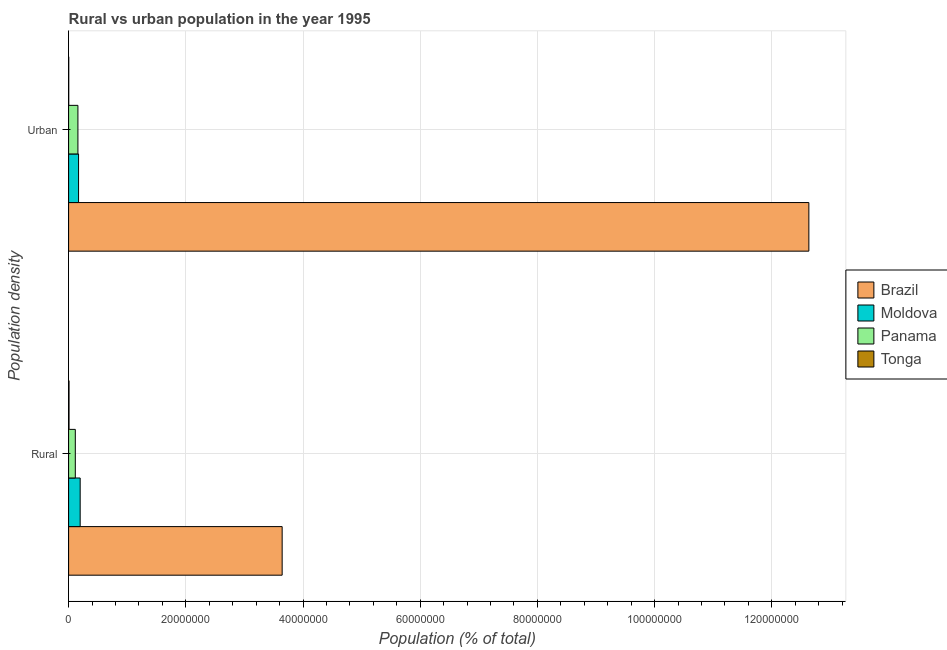
| Population density | Brazil | Moldova | Panama | Tonga |
 | --- | --- | --- | --- | --- |
 | Rural | 3.64e+07 | 1.97e+06 | 1.15e+06 | 7.4e+04 |
 | Urban | 1.26e+08 | 1.7e+06 | 1.59e+06 | 2.19e+04 |